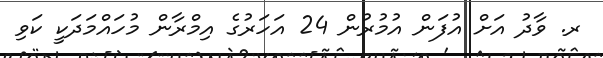
ރ. ވާދު އަށް އުފަން އުމުރުން 24 އަހަރުގެ އިމްރާން މުހައްމަދަކީ ކަވި